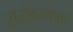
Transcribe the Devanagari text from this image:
सरोवरकाठ